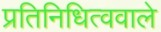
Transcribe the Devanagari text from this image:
प्रतिनिधित्ववाले